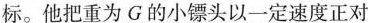
标。他把重为G的小镖头以一定速度正对